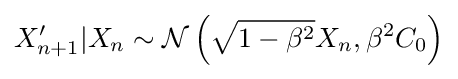
X'_{n+1}|X_{n}\sim {\mathcal {N}}\left({\sqrt {1-\beta ^{2}}}X_{n},\beta ^{2}C_{0}\right)